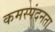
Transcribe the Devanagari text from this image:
कमस्पंदनता